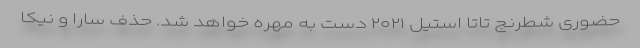
حضوری شطرنج تاتا استیل ۲۰۲۱ دست به مهره خواهد شد. حذف سارا و نیکا